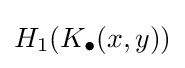
H_{1}(K_{\bullet }(x,y))